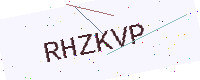
Text: RHZKVP